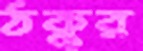
ঠকুর